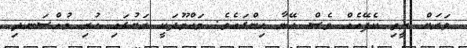
ވަރަށް ރީތި ކެފޭއެއް ވެސް އޭނާ ހިންގައެވެ. މަހްމޫދަކީ ރަށުގައި ހުރި މުއްސަނދި